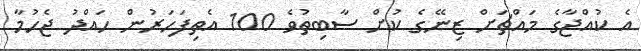
އެ ކުއްޖާގެ މައްޗަށް ޒިނޭގެ ކުށް ސާބިތުވެ 100 އެތިފަހަރުން ހައްދު ޖެހުމާ